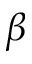
\beta